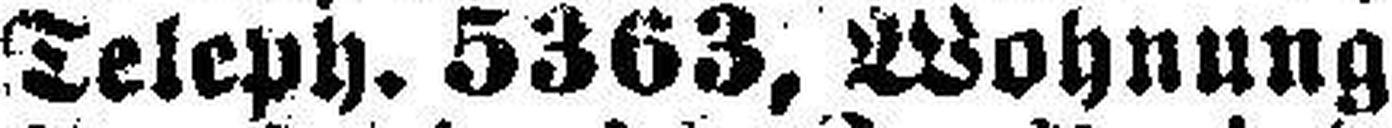
Teleph. 5363, Wohnung